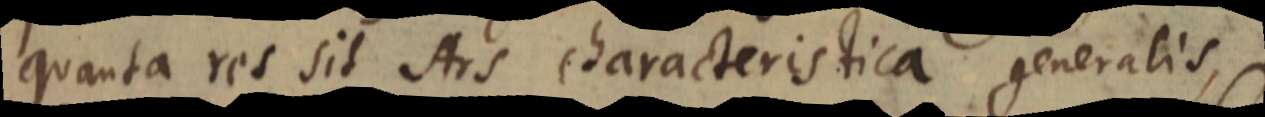
quanta res sit Ars characteristica generalis,